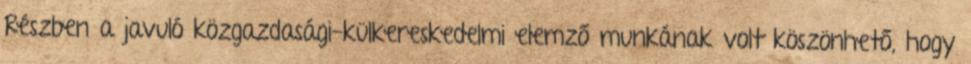
Részben a javuló közgazdasági-külkereskedelmi elemző munkának volt köszönhető, hogy